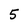
Character: 5